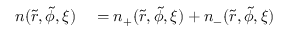
\begin{array} { r l } { n ( \tilde { r } , \tilde { \phi } , \xi ) } & { { } = n _ { + } ( \tilde { r } , \tilde { \phi } , \xi ) + n _ { - } ( \tilde { r } , \tilde { \phi } , \xi ) } \end{array}